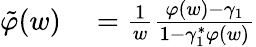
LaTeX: \begin{array}{rl}{\tilde{\varphi}(w)}&{{}=\frac{1}{w}\frac{\varphi(w)-\gamma_{1}}{1-\gamma_{1}^{*}\varphi(w)}}\end{array}